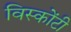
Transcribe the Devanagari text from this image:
विस्कोंटी